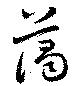
藹